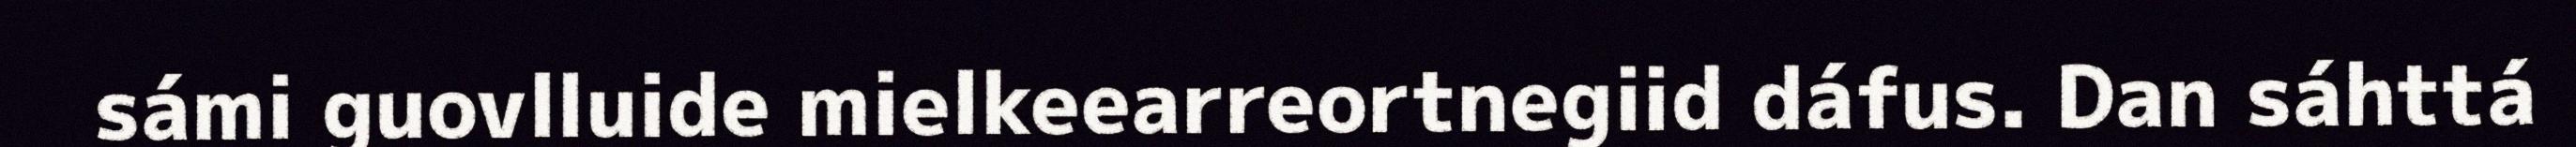
sámi guovlluide mielkeearreortnegiid dáfus. Dan sáhttá